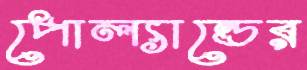
পোল্যান্ডের